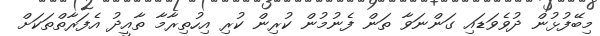
މިބޭފުޅުން ދުވެވަޑައި ގަންނަވާ ތަން ފެނުމުން ކުރިން ކުރި އިހުތިރާމާ ތާއީދު އެފަރާތްތަކަށް